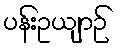
ပန်းဥယျာဉ်